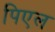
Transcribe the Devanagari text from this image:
पिएल